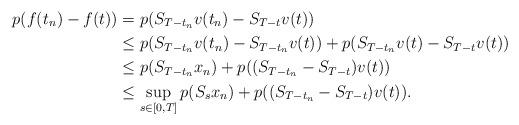
LaTeX: \begin{align*} p(f(t_{n})-f(t))&=p(S_{T-t_{n}}v(t_{n})-S_{T-t}v(t))\\&\leq p(S_{T-t_{n}}v(t_{n})-S_{{T}-t_{n}}v(t))+p(S_{T-t_{n}}v(t)-S_{T-t}v(t))\\&\leq p(S_{T-t_{n}}x_{n})+p((S_{T-t_{n}}-S_{T-t})v(t))\\&\leq \sup_{s\in[0,T]} p(S_{s}x_{n})+p((S_{T-t_{n}}-S_{T-t})v(t)).\end{align*}